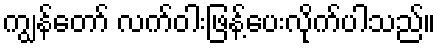
ကျွန်တော် လက်ဝါးဖြန့်ပေးလိုက်ပါသည်။